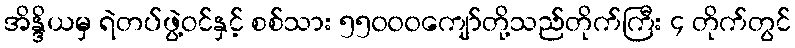
အိန္ဒိယမှ ရဲတပ်ဖွဲ့ဝင်နှင့် စစ်သား ၅၅၀၀၀ကျော်တို့သည်တိုက်ကြီး ၄ တိုက်တွင်